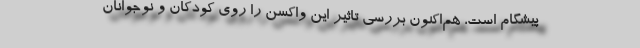
پیشگام است، هم‌اکنون بررسی تاثیر این واکسن را روی کودکان و نوجوانان